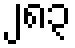
၂၈၃